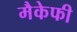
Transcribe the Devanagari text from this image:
मैकेफी